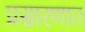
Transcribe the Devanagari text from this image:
प्रसारणात